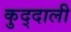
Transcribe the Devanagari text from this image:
कुद्दाली